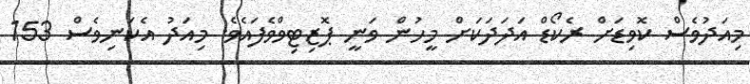
މިއަދުވެސް ކޮވިޑަށް ރެކޯޑް އަދަދަކަށް މީހުން ވަނީ ޕޮޒިޓިވްވެފައެވެ. މިއަދު އެކަނިވެސް 153